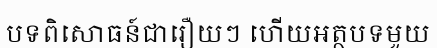
បទពិសោធន៍ជារឿយៗ ហើយអត្ថបទមួយ